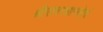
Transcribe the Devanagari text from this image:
श्रीरामरक्षास्तोत्रं